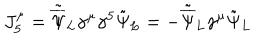
LaTeX: J _ { 5 } ^ { \mu } = { \tilde { \overline { { \Psi } } } } _ { L } \gamma ^ { \mu } \gamma ^ { 5 } \tilde { \Psi } _ { L } = - { \tilde { \overline { { \Psi } } } } _ { L } \gamma ^ { \mu } \tilde { \Psi } _ { L }